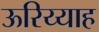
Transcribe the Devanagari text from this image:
ऊरिय्याह